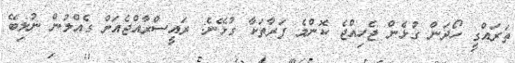
ތަރައްގީ ހޯދަން ގުޅެން ޖެހިއްޖެ ކޮންމެ ފަރާތަކާ ގުޅޭނެ: ރައީސްރާއްޖެއަށް ގެއްލުން ނުލިބޭ